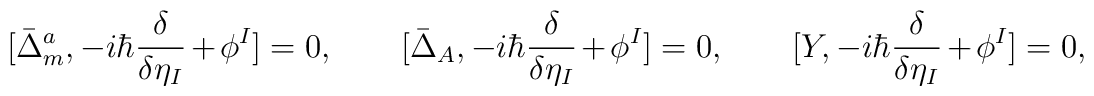
[ \bar{\Delta}_m^a, - i \hbar \frac{\delta}{\delta \eta_I} + \phi^I ] = 0,\qquad[ \bar{\Delta}_A, - i \hbar \frac{\delta}{\delta \eta_I} + \phi^I ] = 0,\qquad[ Y, - i \hbar \frac{\delta}{\delta \eta_I} + \phi^I ] = 0,